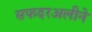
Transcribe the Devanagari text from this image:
सफदरअलीने